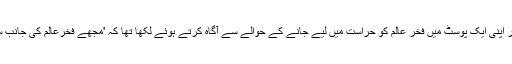
واضح رہے کہ ٹی وی اداکار فیصل قریشی نے گزشتہ روز فیس بک پر اپنی ایک پوسٹ میں فخر عالم کو حراست میں لیے جانے کے حوالے سے آگاہ کرتے ہوئے لکھا تھا کہ 'مجھے فخرعالم کی جانب سے پیغام موصول ہوا ہے اور انہوں نے اسے ٹوئیٹ کرنے کو کہا ہے۔